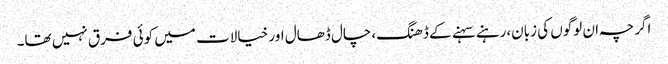
اگرچہ ان لوگوں کی زبان،رہنے سہنے کے ڈھنگ،چال ڈھال اور خیالات میں کوئی فرق نہیں تھا۔